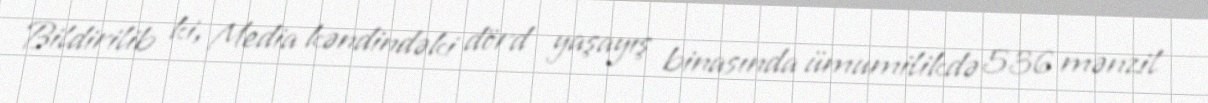
Bildirilib ki, Media kəndindəki dörd yaşayış binasında ümumilikdə 536 mənzil